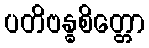
ပတိဗန္ဓစိတ္တော